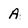
Character: A